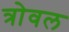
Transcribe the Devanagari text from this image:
त्रोवल